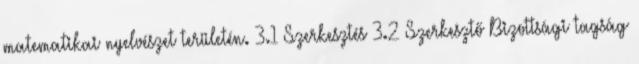
matematikai nyelvészet területén. 3.1 Szerkesztés 3.2 Szerkesztő Bizottsági tagság